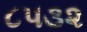
૮૫૩૨